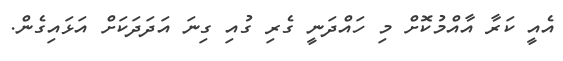
އެއީ ކަރާ އާއްމުކޮށް މި ހައްދަނީ ގެރި ގުއި ގިނަ އަދަދަކަށް އަޅައިގެން.